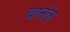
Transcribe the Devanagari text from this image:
चानेल